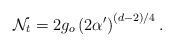
\begin{align*}\mathcal{N}_{t}=2g_{o}\left( 2\alpha^{\prime}\right) ^{(d-2)/4}.\end{align*}